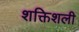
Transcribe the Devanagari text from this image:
शक्तिशली